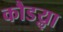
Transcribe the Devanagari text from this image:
कौडॢया